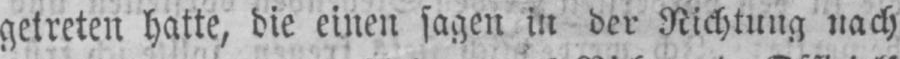
getreten hatte, die einen sagen in der Richtung nach